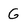
Character: G